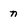
Character: n